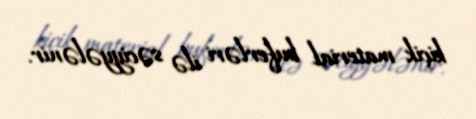
kiçik material buferləri ilə səciyyələnir.